Annual administration and progress report of the Indian Medical Department, Bombay
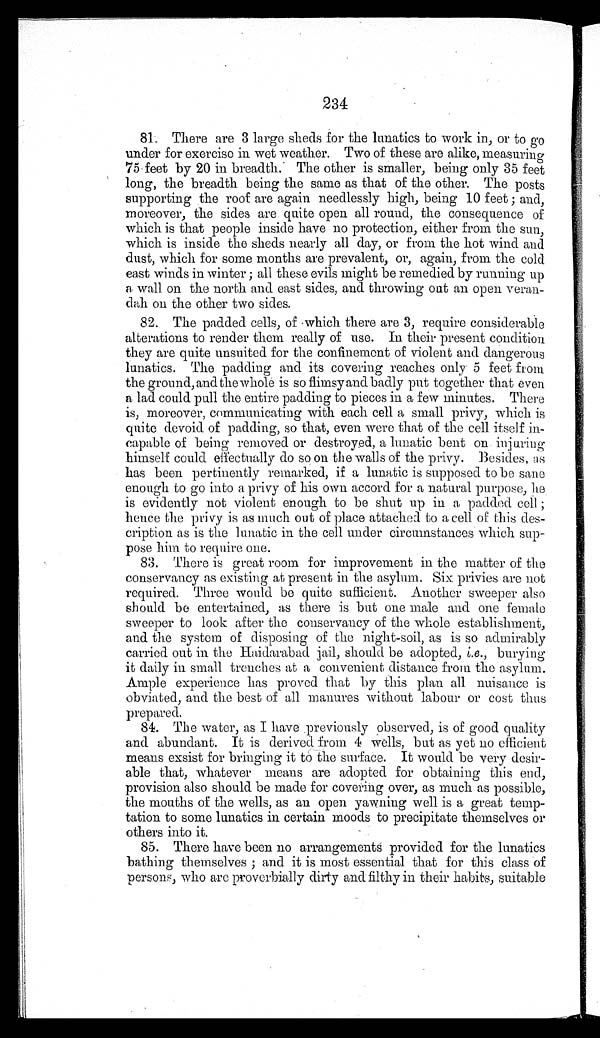
234
81. There are 3 large sheds for the lunatics to work in, or to go
under for exercise in wet weather. Two of these are alike, measuring
75 feet by 20 in breadth. The other is smaller, being only 35 feet
long, the breadth being the same as that of the other. The posts
supporting the roof are again needlessly high, being 10 feet ; and,
moreover, the sides are quite open all round, the consequence of
which is that people inside have no protection, either from the sun,
which is inside the sheds nearly all day, or from the hot wind and
dust, which for some months are prevalent, or, again,from the cold
east winds in winter ; all these evils might be remedied by running up
a wall on the north and east sides, and throwing out an open veran--
dah on the other two sides.
82. The padded cells, of which there are 3, require considerable
alterations to render them really of use. In their present condition
they are quite unsuited for the confinement of violent and dangerous
lunatics. The padding and its covering reaches only . 5 feet from
the ground, and the whole is so flimsy and badly put together that even
a lad could pull the entire padding to pieces in a few minutes. There
is, moreover, communicating with each cell a small privy, which is
quite devoid of padding, so that, even were that of the cell itself in-
capable of being removed or destroyed, a lunatic bent on injuring
himself could effectually do so on the walls of the privy. Besides,
as has been pertinently remarked, if a lunatic is supposed to be sane
enough to go into a privy of his own accord for a natural purpose, he
is evidently not violent enough to be shut up in a padded cell ;
hence the privy is as much out of place attached to a cell of this des-
cription as is the lunatic in the cell under circumstances which sup-
pose him to require one.
83. There is great room for improvement in the matter of the
conservancy as existing at present in the asylum. Six privies are not
required. Three would be quite sufficient. Another sweeper also
should be entertained, as there is but one male and one female
sweeper to look after the conservancy of the whole establishment,
and the system of disposing of the night-soil, as is so admirably
carried out in the Haidarabad jail, should be adopted, i.e ., burying
it daily in small trenches at a convenient distance from the asylum.
Ample experience has proved that by this plan all nuisance is
obviated, and the best of all manures without labour or cost thus
prepared.
84. The water, as I have . previously observed, is of good quality
and abundant. It is derived from 4 wells, but as yet no efficient
means exsist for bringing it to the surface. It would be very desir-
able that, whatever means are adopted for obtaining this end,
provision also should be made for covering over, as much as possible,
the mouths of the wells, as an open yawning well is a great temp-
tation to some lunatics in certain moods to precipitate themselves or
others into it.
85. There have been no arrangements provided for the lunatics
bathing themselves ; and it is most essential that for this class of
persons, who are proverbially dirty and filthy in their habits, suitable